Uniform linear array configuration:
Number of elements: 16
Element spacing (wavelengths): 1
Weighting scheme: blackman
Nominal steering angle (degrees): -45
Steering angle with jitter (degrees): -45.469
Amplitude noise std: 0.05
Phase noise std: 0.05

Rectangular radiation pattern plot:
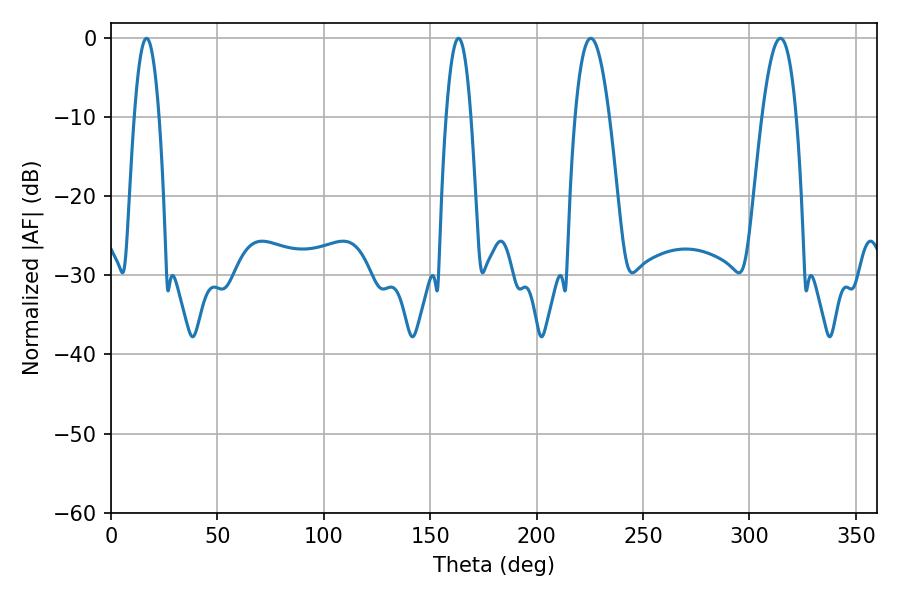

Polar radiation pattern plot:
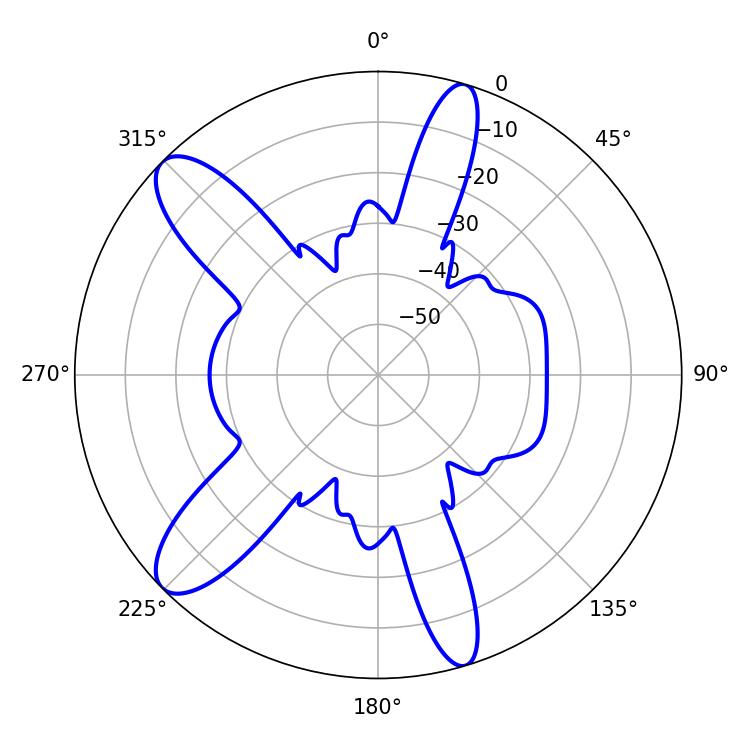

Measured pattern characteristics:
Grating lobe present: TRUE
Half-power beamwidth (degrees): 6.48
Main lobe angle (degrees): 16.74